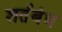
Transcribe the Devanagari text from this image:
शर्तबंध